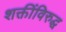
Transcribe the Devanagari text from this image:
शक्तींविरुद्ध